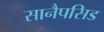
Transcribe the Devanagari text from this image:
सानैपसिड